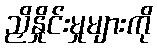
ညှိနှိုင်းမှုများကို